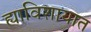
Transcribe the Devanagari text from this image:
ह्याविशायात